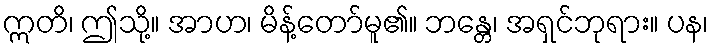
ဣတိ၊ ဤသို့။ အာဟ၊ မိန့်တော်မူ၏။ ဘန္တေ၊ အရှင်ဘုရား။ ပန၊